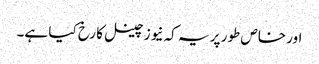
اور خاص طور پر یہ کہ نیوز چینل کا رخ کیا ہے۔